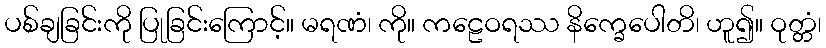
ပစ်ချခြင်းကို ပြုခြင်းကြောင့်။ မရဏံ၊ ကို။ ကဠေဝရဿ နိက္ခေပေါတိ၊ ဟူ၍။ ဝုတ္တံ၊